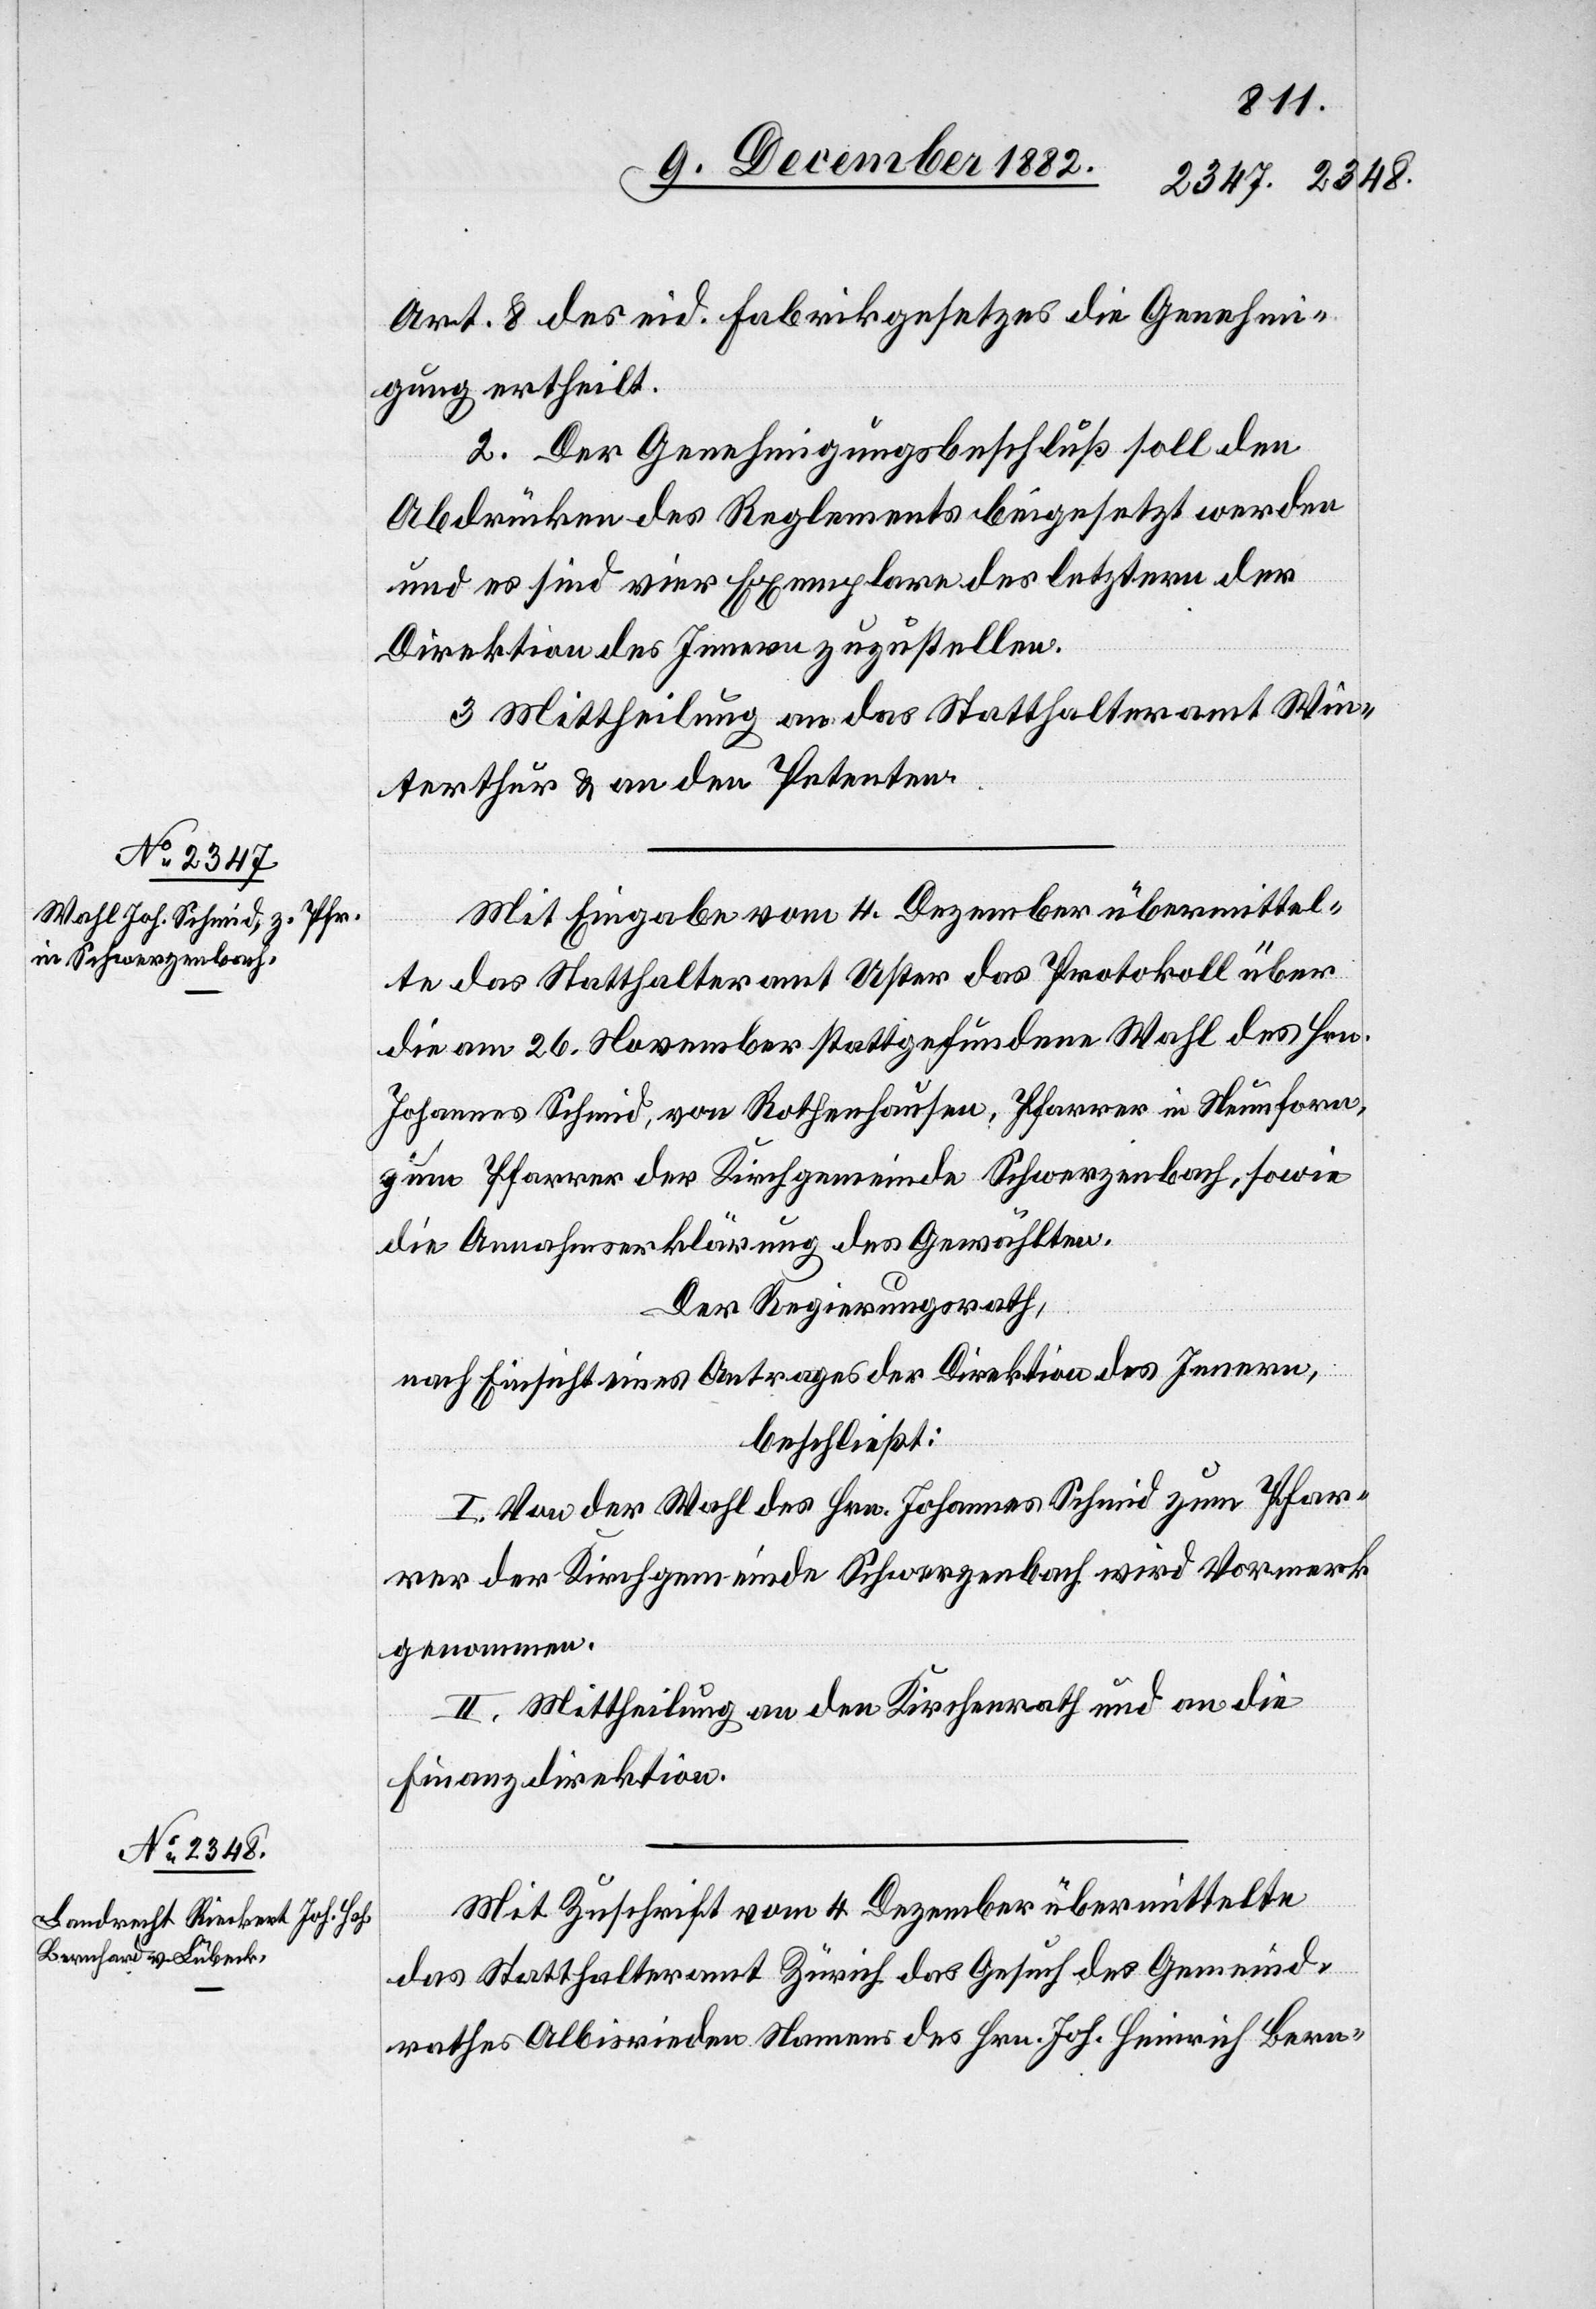
Art. 8 des eid. Fabrikgesetzes die Genehmi¬
gung ertheilt.
2. Der Genehmigungsbeschluß soll den
Abdrücken des Reglements beigesetzt werden
und es sind vier Exemplare des letztern der
Direktion des Innern zuzustellen.
3. Mittheilung an das Statthalteramt Win¬
terthur & an den Petenten.
Mit Eingabe vom 4. Dezember übermittel¬
te das Statthalteramt Uster das Protokoll über
die am 26. November stattgefundene Wahl des Hrn.
Johannes Schmid, von Rothenhausen, Pfarrer in Neunforn,
zum Pfarrer der Kirchgemeinde Schwerzenbach, sowie
die Annahmserklärung des Gewählten.
Der Regierungsrath,
nach Einsicht eines Antrages der Direktion des Innern,
beschließt:
I. Von der Wahl des Hrn. Johannes Schmid zum Pfar¬
rer der Kirchgemeinde Schwerzenbach wird Vormerk
genommen.
II. Mittheilung an den Kirchenrath und an die
Finanzdirektion.
Mit Zuschrift vom 4. Dezember übermittelte
das Statthalteramt Zürich das Gesuch des Gemeind¬
rathes Albisrieden Namens des Hrn. Joh. Heinrich Bern-